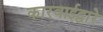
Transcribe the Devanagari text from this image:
कारवाईद्वारे